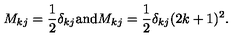
M _ { k j } = \frac { 1 } { 2 } \delta _ { k j } \mathrm { a n d } M _ { k j } = \frac { 1 } { 2 } \delta _ { k j } ( 2 k + 1 ) ^ { 2 } .